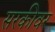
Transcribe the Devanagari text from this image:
सरकीवर